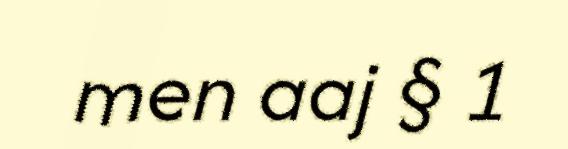
men aaj § 1